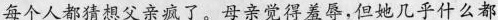
每个人都猜想父亲疯了。母亲觉得羞辱，但她几乎什么都